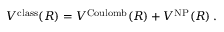
V ^ { \mathrm { c l a s s } } ( R ) = V ^ { \mathrm { C o u l o m b } } ( R ) + V ^ { \mathrm { N P } } ( R ) \, .